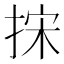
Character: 㧲